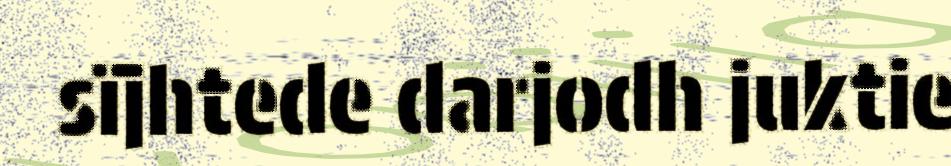
sïjhtede darjodh juktie